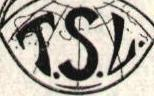
T.S.L.